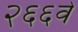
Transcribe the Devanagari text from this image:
२६६वे